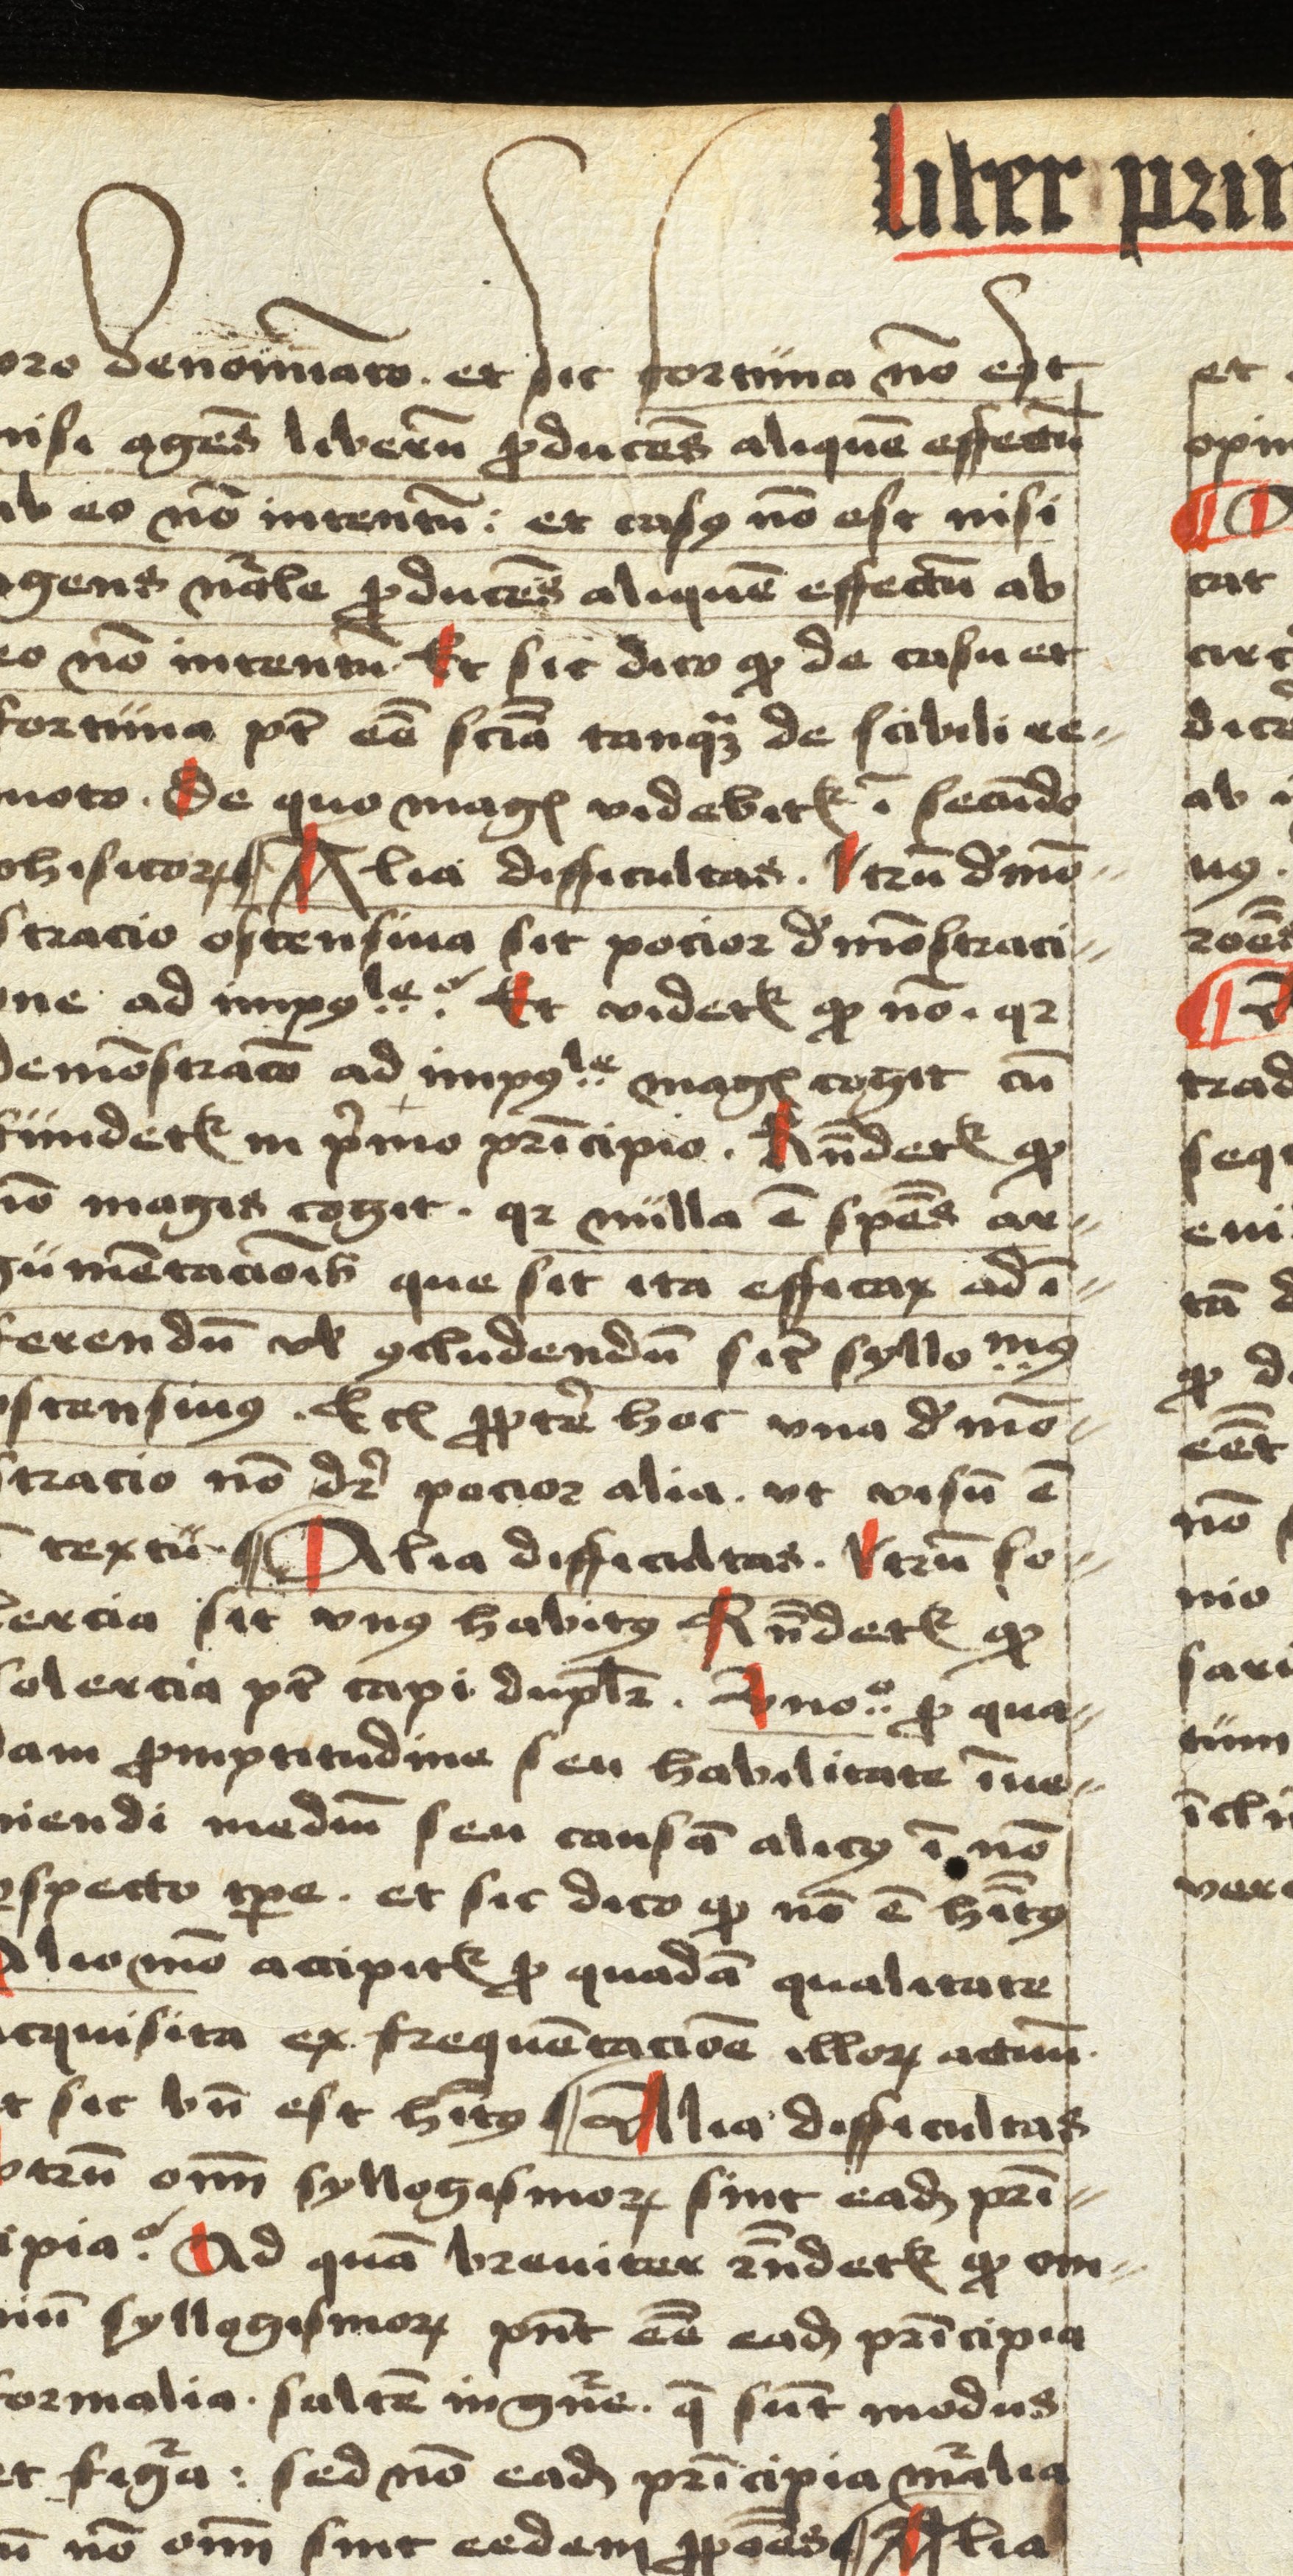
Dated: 1498–1499